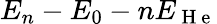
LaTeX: E_{n}-E_{0}-nE_{\mathrm{~H~e~}}